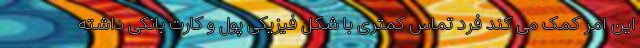
این امر کمک می کند فرد تماس کمتری با شکل فیزیکی پول و کارت بانکی داشته